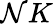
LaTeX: \mathcal{N}K